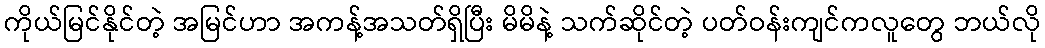
ကိုယ်မြင်နိုင်တဲ့ အမြင်ဟာ အကန့်အသတ်ရှိပြီး မိမိနဲ့ သက်ဆိုင်တဲ့ ပတ်ဝန်းကျင်ကလူတွေ ဘယ်လို